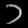
Digit: ၁